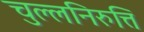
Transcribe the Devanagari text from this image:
चुल्लनिरुत्ति